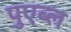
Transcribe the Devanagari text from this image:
पुएब्ल